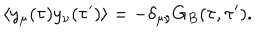
LaTeX: \langle y _ { \mu } ( \tau ) y _ { \nu } ( \tau ^ { \prime } ) \rangle = - \delta _ { \mu \nu } G _ { B } ( \tau , \tau ^ { \prime } ) .